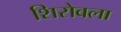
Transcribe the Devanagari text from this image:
शिरोवला